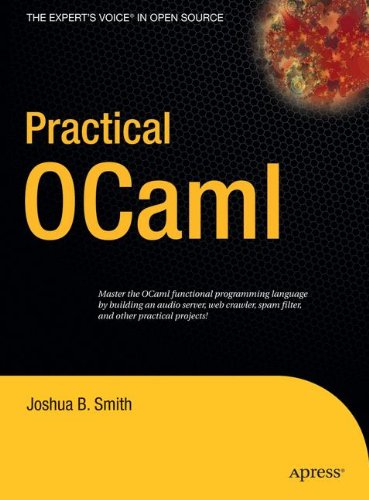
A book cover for Practical OCaml; Joshua B. Smith; Computers & Technology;